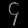
Digit: ၄